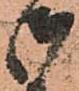
御